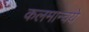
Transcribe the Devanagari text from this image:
कलमान्वये